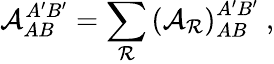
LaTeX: {\cal A}_{AB}^{A^{\prime}B^{\prime}}=\sum_{{\cal R}}\left({\cal A}_{{\cal R}}\right)_{AB}^{A^{\prime}B^{\prime}}\mathrm{\ ,}